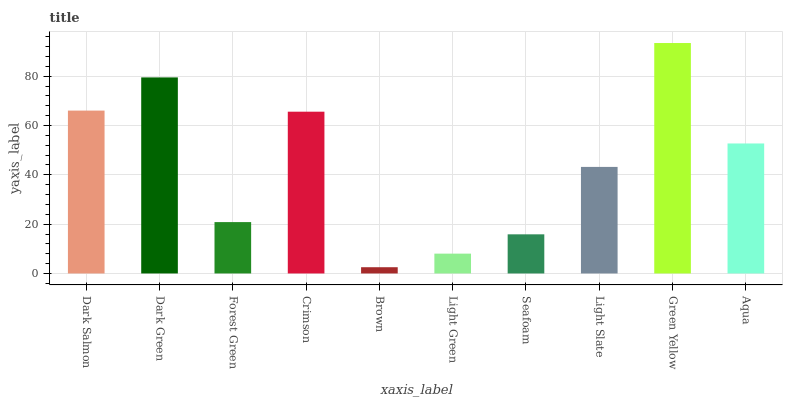
| xaxis_label | bars |
 | --- | --- |
 | Dark Salmon | 66 |
 | Dark Green | 79.5 |
 | Forest Green | 20.8 |
 | Crimson | 65.6 |
 | Brown | 2.54 |
 | Light Green | 8.04 |
 | Seafoam | 15.9 |
 | Light Slate | 43.2 |
 | Green Yellow | 93.4 |
 | Aqua | 52.7 |